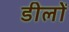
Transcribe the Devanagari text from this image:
डीलों